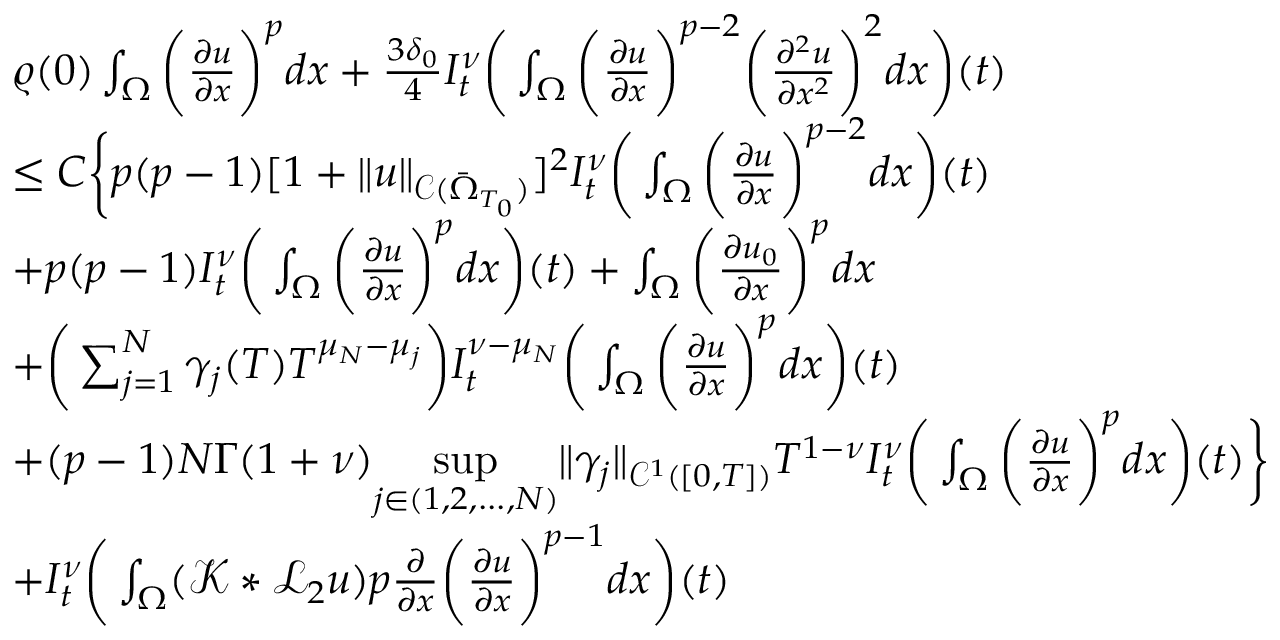
\begin{array} { r l } & { \varrho ( 0 ) \int _ { \Omega } \bigg ( \frac { \partial u } { \partial x } \bigg ) ^ { p } d x + \frac { 3 \delta _ { 0 } } { 4 } I _ { t } ^ { \nu } \bigg ( \int _ { \Omega } \bigg ( \frac { \partial u } { \partial x } \bigg ) ^ { p - 2 } \bigg ( \frac { \partial ^ { 2 } u } { \partial x ^ { 2 } } \bigg ) ^ { 2 } d x \bigg ) ( t ) } \\ & { \leq C \bigg \{ p ( p - 1 ) [ 1 + \| u \| _ { \mathcal { C } ( \bar { \Omega } _ { T _ { 0 } } ) } ] ^ { 2 } I _ { t } ^ { \nu } \bigg ( \int _ { \Omega } \bigg ( \frac { \partial u } { \partial x } \bigg ) ^ { p - 2 } d x \bigg ) ( t ) } \\ & { + p ( p - 1 ) I _ { t } ^ { \nu } \bigg ( \int _ { \Omega } \bigg ( \frac { \partial u } { \partial x } \bigg ) ^ { p } d x \bigg ) ( t ) + \int _ { \Omega } \bigg ( \frac { \partial u _ { 0 } } { \partial x } \bigg ) ^ { p } d x } \\ & { + \bigg ( \sum _ { j = 1 } ^ { N } \gamma _ { j } ( T ) T ^ { \mu _ { N } - \mu _ { j } } \bigg ) I _ { t } ^ { \nu - \mu _ { N } } \bigg ( \int _ { \Omega } \bigg ( \frac { \partial u } { \partial x } \bigg ) ^ { p } d x \bigg ) ( t ) } \\ & { + ( p - 1 ) N \Gamma ( 1 + \nu ) \underset { j \in ( 1 , 2 , . . . , N ) } { \operatorname* { s u p } } \| \gamma _ { j } \| _ { \mathcal { C } ^ { 1 } ( [ 0 , T ] ) } T ^ { 1 - \nu } I _ { t } ^ { \nu } \bigg ( \int _ { \Omega } \bigg ( \frac { \partial u } { \partial x } \bigg ) ^ { p } d x \bigg ) ( t ) \bigg \} } \\ & { + I _ { t } ^ { \nu } \bigg ( \int _ { \Omega } ( \mathcal { K } * \mathcal { L } _ { 2 } u ) p \frac { \partial } { \partial x } \bigg ( \frac { \partial u } { \partial x } \bigg ) ^ { p - 1 } d x \bigg ) ( t ) } \end{array}